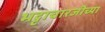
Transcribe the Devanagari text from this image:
भट्टाचारजीच्या